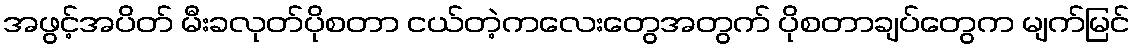
အဖွင့်အပိတ် မီးခလုတ်ပိုစတာ ငယ်တဲ့ကလေးတွေအတွက် ပိုစတာချပ်တွေက မျက်မြင်